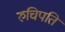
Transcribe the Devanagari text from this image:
रुचिपति